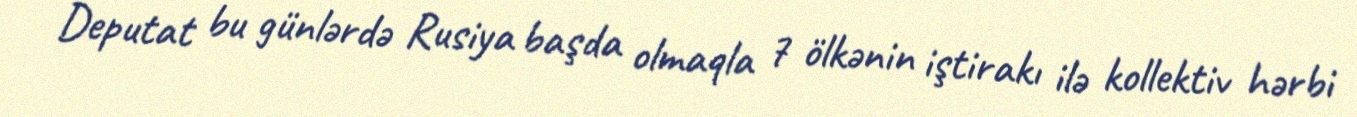
Deputat bu günlərdə Rusiya başda olmaqla 7 ölkənin iştirakı ilə kollektiv hərbi